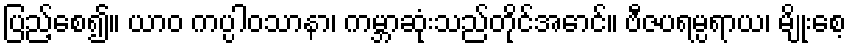
ပြည့်စေ၍။ ယာဝ ကပ္ပါဝသာနာ၊ ကမ္ဘာဆုံးသည်တိုင်အောင်။ ဗီဇပရမ္ပရာယ၊ မျိုးစေ့